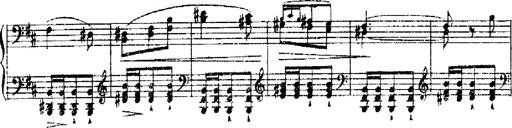
Title: RÃ©miniscences de Robert le diable
Composer: Franz Liszt